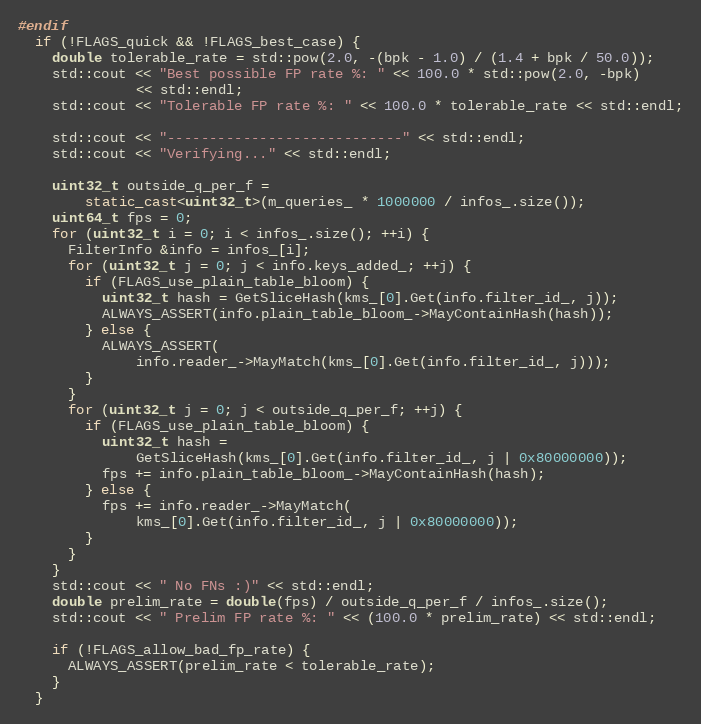
Language: C++
#endif
  if (!FLAGS_quick && !FLAGS_best_case) {
    double tolerable_rate = std::pow(2.0, -(bpk - 1.0) / (1.4 + bpk / 50.0));
    std::cout << "Best possible FP rate %: " << 100.0 * std::pow(2.0, -bpk)
              << std::endl;
    std::cout << "Tolerable FP rate %: " << 100.0 * tolerable_rate << std::endl;

    std::cout << "----------------------------" << std::endl;
    std::cout << "Verifying..." << std::endl;

    uint32_t outside_q_per_f =
        static_cast<uint32_t>(m_queries_ * 1000000 / infos_.size());
    uint64_t fps = 0;
    for (uint32_t i = 0; i < infos_.size(); ++i) {
      FilterInfo &info = infos_[i];
      for (uint32_t j = 0; j < info.keys_added_; ++j) {
        if (FLAGS_use_plain_table_bloom) {
          uint32_t hash = GetSliceHash(kms_[0].Get(info.filter_id_, j));
          ALWAYS_ASSERT(info.plain_table_bloom_->MayContainHash(hash));
        } else {
          ALWAYS_ASSERT(
              info.reader_->MayMatch(kms_[0].Get(info.filter_id_, j)));
        }
      }
      for (uint32_t j = 0; j < outside_q_per_f; ++j) {
        if (FLAGS_use_plain_table_bloom) {
          uint32_t hash =
              GetSliceHash(kms_[0].Get(info.filter_id_, j | 0x80000000));
          fps += info.plain_table_bloom_->MayContainHash(hash);
        } else {
          fps += info.reader_->MayMatch(
              kms_[0].Get(info.filter_id_, j | 0x80000000));
        }
      }
    }
    std::cout << " No FNs :)" << std::endl;
    double prelim_rate = double(fps) / outside_q_per_f / infos_.size();
    std::cout << " Prelim FP rate %: " << (100.0 * prelim_rate) << std::endl;

    if (!FLAGS_allow_bad_fp_rate) {
      ALWAYS_ASSERT(prelim_rate < tolerable_rate);
    }
  }